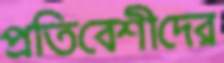
প্রতিবেশীদের